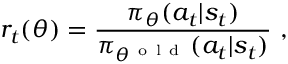
r _ { t } ( \theta ) = \frac { \pi _ { \theta } ( a _ { t } | s _ { t } ) } { \pi _ { \theta ^ { \mathrm { ~ o ~ l ~ d ~ } } } ( a _ { t } | s _ { t } ) } ~ ,